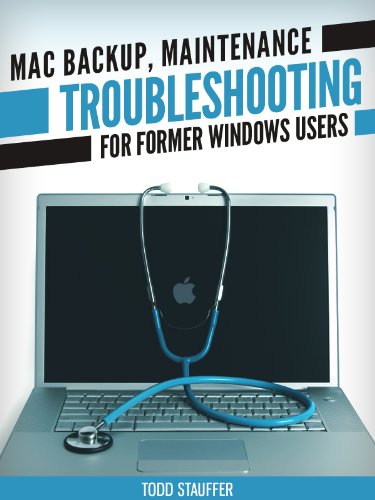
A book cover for "Mac Backup, Maintenance and Troubleshooting for Former Windows Users: With information on Time Machine, managing memory and disk space, system errors and more. (Tech 101 Kindle Book Series); Todd Stauffer; Computers & Technology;